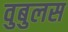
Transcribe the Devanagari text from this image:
वुबुलस